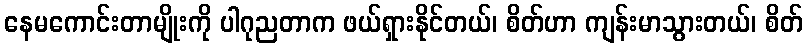
နေမကောင်းတာမျိုးကို ပါဂုညတာက ဖယ်ရှားနိုင်တယ်၊ စိတ်ဟာ ကျန်းမာသွားတယ်၊ စိတ်